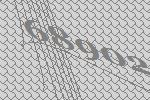
68902